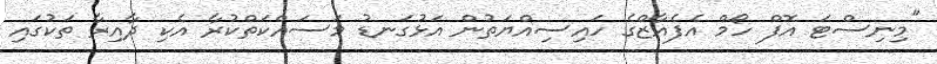
"މިނިސްޓަ އޮފް ހޯމް އެފެއާޒްގެ ހައިސިއްޔަތުން އަޅުގަނޑު މަސައްކަތްކުރާ އެކި ދާއިރާ ތަކުގައި